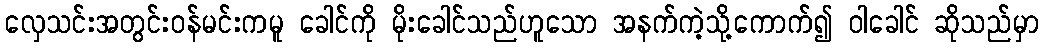
လှေသင်းအတွင်းဝန်မင်းကမူ ခေါင်ကို မိုးခေါင်သည်ဟူသော အနက်ကဲ့သို့ကောက်၍ ဝါခေါင် ဆိုသည်မှာ